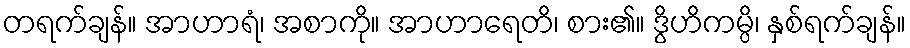
တရက်ချန်။ အာဟာရံ၊ အစာကို။ အာဟာရေတိ၊ စား၏။ ဒွိဟိကမ္ပိ၊ နှစ်ရက်ချန်။